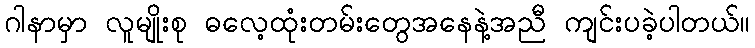
ဂါနာမှာ လူမျိုးစု ဓလေ့ထုံးတမ်းတွေအနေနဲ့အညီ ကျင်းပခဲ့ပါတယ်။